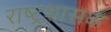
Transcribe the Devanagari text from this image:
राष्ट्रशासक